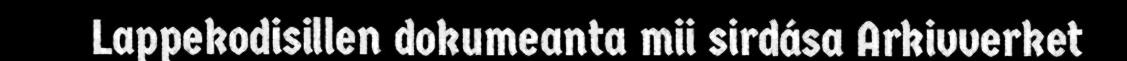
Lappekodisillen dokumeanta mii sirdása Arkivverket